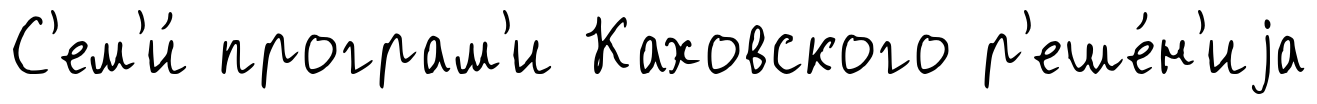
С'ем'и́ програм'и Каховского р'еше́н'иjа